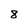
Character: 8